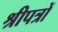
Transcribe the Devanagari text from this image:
श्रीपत्रों